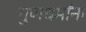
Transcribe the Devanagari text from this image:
गुणधर्मांना